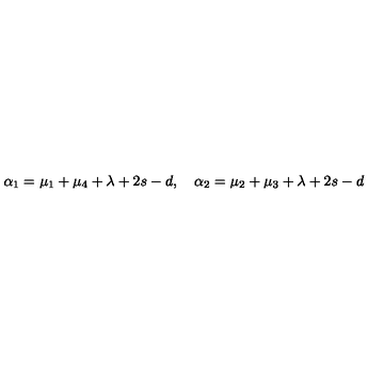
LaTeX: \alpha _ { 1 } = \mu _ { 1 } + \mu _ { 4 } + \lambda + 2 s - d , \quad \alpha _ { 2 } = \mu _ { 2 } + \mu _ { 3 } + \lambda + 2 s - d